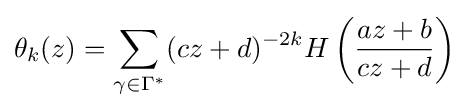
\theta _{k}(z)=\sum _{\gamma \in \Gamma ^{*}}(cz+d)^{-2k}H\left({\frac {az+b}{cz+d}}\right)